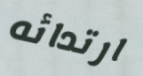
ارتدائه